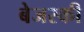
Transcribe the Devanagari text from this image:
बेजस्की